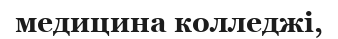
медицина колледжі,